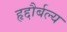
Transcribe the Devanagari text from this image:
हृद्दौर्बल्य